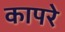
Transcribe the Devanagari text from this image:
कापरे